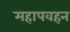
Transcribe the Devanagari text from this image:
महापवहन